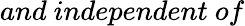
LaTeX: and\ independent\ of